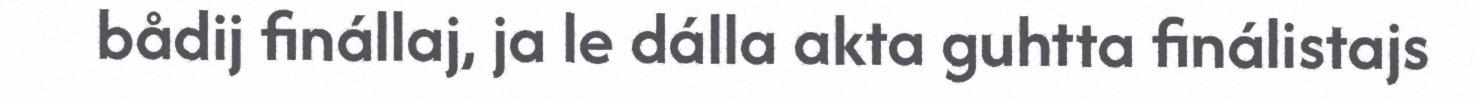
bådij finállaj, ja le dálla akta guhtta finálistajs